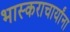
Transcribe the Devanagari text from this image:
भास्कराचार्यांना